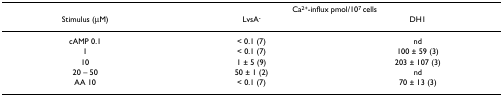
|  | <COLSPAN=2> Ca2+-influx pmol/107 cells |
 | Stimulus (μM) | LvsA- | DH1 |
 | --- | --- | --- |
 | cAMP 0.1 | < 0.1 (7) | nd |
 | 1 | < 0.1 (7) | 100 ± 59 (3) |
 | 10 | 1 ± 5 (9) | 203 ± 107 (3) |
 | 20 – 50 | 50 ± 1 (2) | nd |
 | AA 10 | < 0.1 (7) | 70 ± 13 (3) |